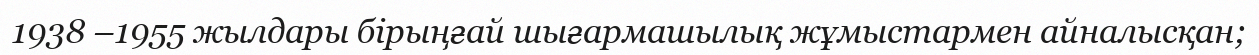
1938 –1955 жылдары бірыңғай шығармашылық жұмыстармен айналысқан;